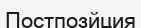
Постпозйция